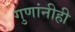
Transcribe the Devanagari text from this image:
गुणांनीही